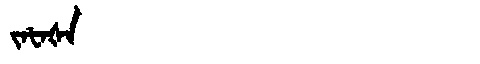
Manchu: ᠵᠠᡶᠠᡧᠠ
Romanization: JAFAŠA